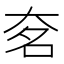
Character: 㚚